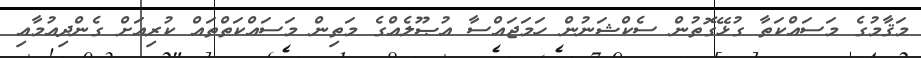
މަޤާމުގެ މަސައްކަތާ ގުޅޭގޮތުން ސެކްޝަނުން ހަމަޖައްސާ އުޞޫލެއްގެ މަތިން މަސައްކަތްތައް ކުރިއަށް ގެންދިއުމާއި